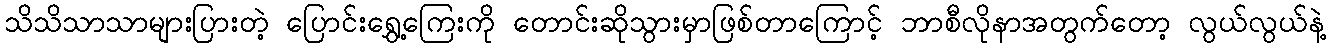
သိသိသာသာများပြားတဲ့ ပြောင်းရွှေ့ကြေးကို တောင်းဆိုသွားမှာဖြစ်တာကြောင့် ဘာစီလိုနာအတွက်တော့ လွယ်လွယ်နဲ့